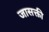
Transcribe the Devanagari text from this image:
जासक्ती